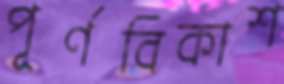
পূর্ণবিকাশ